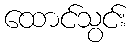
ထောင်သွင်း